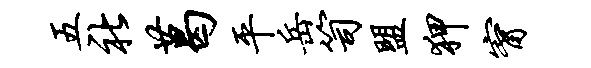
五社葛平岳笥盟狎甯